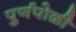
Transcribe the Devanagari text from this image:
पुर्णपोळी